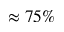
\approx 7 5 \%